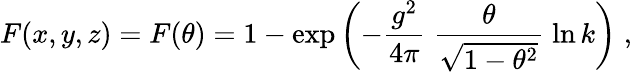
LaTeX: F(x,y,z)=F(\theta)=1-\exp\left(-\frac{g^{2}}{4\pi}\; \frac{\theta}{\sqrt{1-\theta^{2}}}\; \ln k\right)\; ,